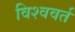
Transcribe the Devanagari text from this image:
विश्ववर्त